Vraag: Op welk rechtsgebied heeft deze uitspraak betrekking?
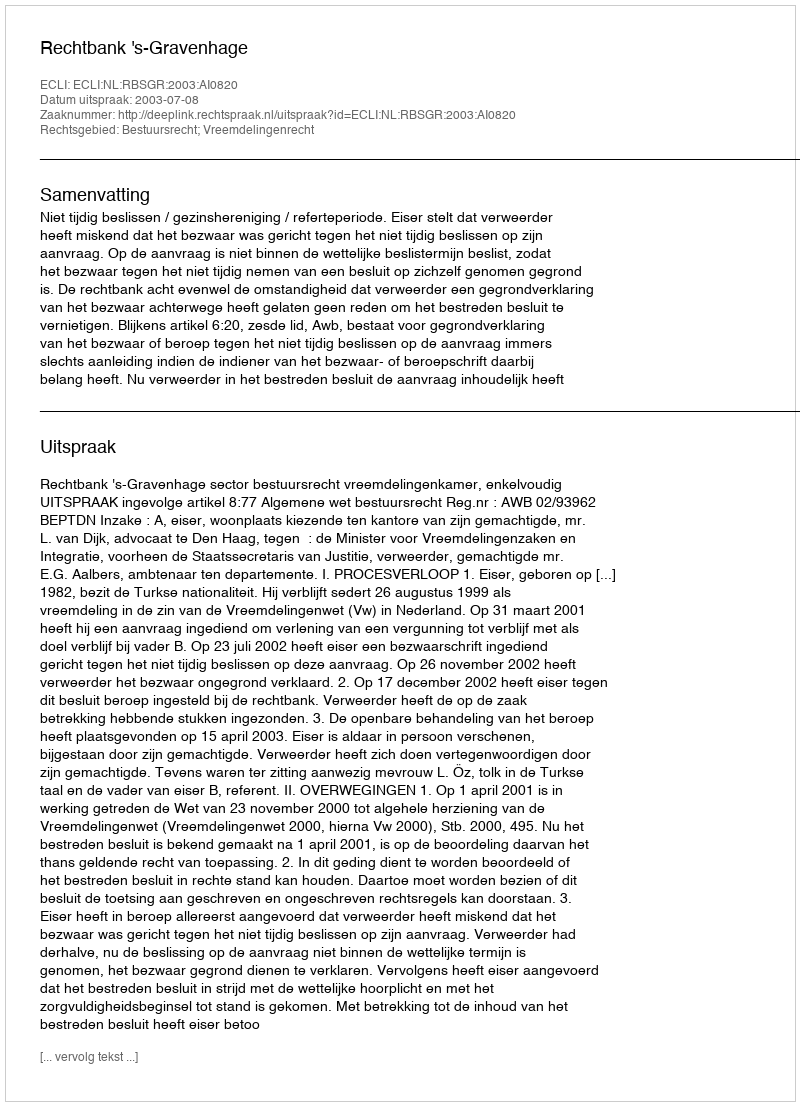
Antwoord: Bestuursrecht; Vreemdelingenrecht